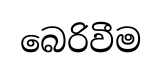
බෙරිවීම